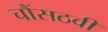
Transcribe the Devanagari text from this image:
चौंसठवीं